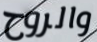
والروح